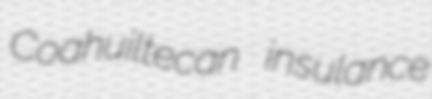
Coahuiltecan insulance